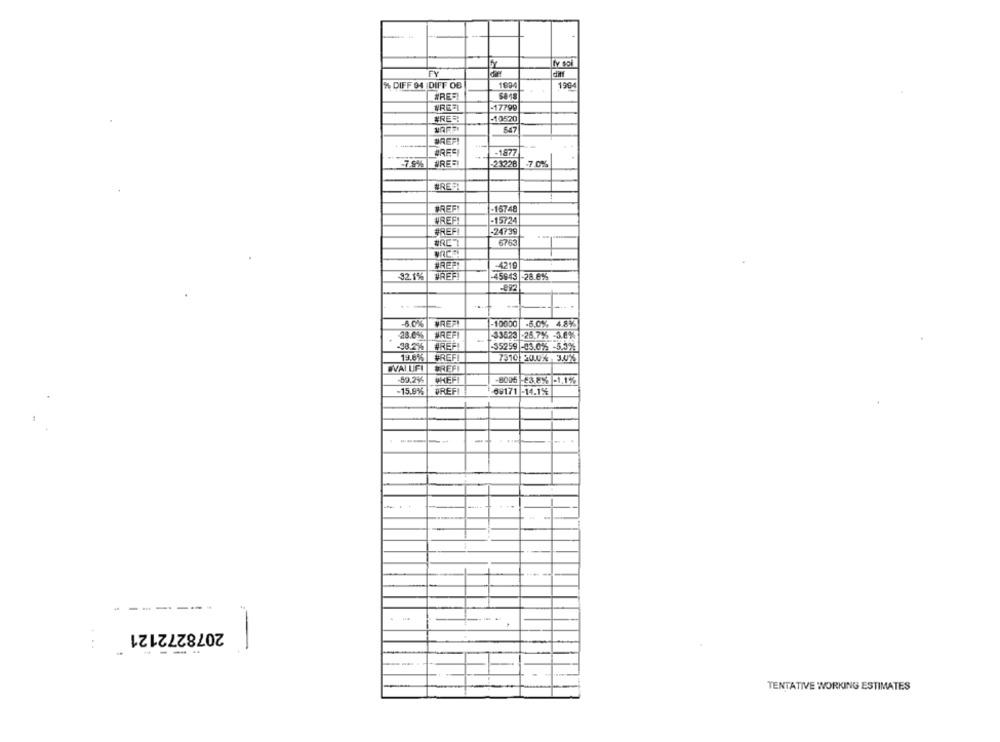
FY
diff
% DIFF 94 |DIFF OB
1994
#RED
WREEI
-17799
ÆRER!
-10520
547
BREF!
#RFE
-1877
-7.9%
WREE
23228 7.0%%
#REE
BREF
-16748
WREF!
-15724
#REF
-24739
6763
-4219
TREFI
-45943 -28.6%%
32.1%
-892
-6.0%
NREF!
-10000
-6,0%, 4.8%
WREF
-33623 -25.7% -3.0%
-58.2%
#REF
-35259 -83.0% -5.3%
19.6%
#REFI
7310 20.04- 3.0%
EVALUIFI
BREFI
50.2%
CHEF
-8005 23.8% -1,1%
-15.9%
TREFI
69171 -14.1%
-
..
-----
--
2078272121
..
----
:
TENTATIVE WORKING ESTIMATES